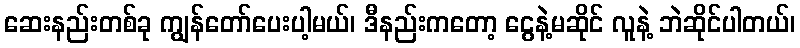
ဆေးနည်းတစ်ခု ကျွန်တော်ပေးပါ့မယ်၊ ဒီနည်းကတော့ ငွေနဲ့မဆိုင် လူနဲ့ ဘဲဆိုင်ပါတယ်၊